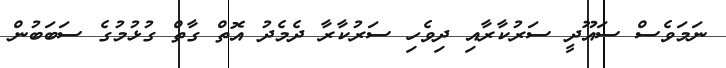
ނަމަވެސް ސައޫދީ ސަރުކާރާއި ދިވެހި ސަރުކާރާ ދެމެދު އޮތް ގާތް ގުޅުމުގެ ސަބަބުން